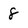
Character: 8